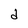
Character: d